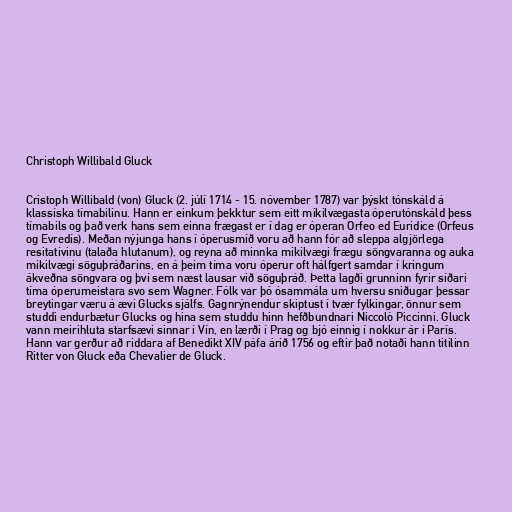
Christoph Willibald Gluck

Cristoph Willibald (von) Gluck (2. júlí 1714 - 15. nóvember 1787) var þýskt tónskáld á
klassíska tímabilinu. Hann er einkum þekktur sem eitt mikilvægasta óperutónskáld þess
tímabils og það verk hans sem einna frægast er í dag er óperan Orfeo ed Euridice (Orfeus
og Evredís). Meðan nýjunga hans í óperusmíð voru að hann fór að sleppa algjörlega
resitatívinu (talaða hlutanum), og reyna að minnka mikilvægi frægu söngvaranna og auka
mikilvægi söguþráðarins, en á þeim tíma voru óperur oft hálfgert samdar í kringum
ákveðna söngvara og því sem næst lausar við söguþráð. Þetta lagði grunninn fyrir síðari
tíma óperumeistara svo sem Wagner. Fólk var þó ósammála um hversu sniðugar þessar
breytingar væru á ævi Glucks sjálfs. Gagnrýnendur skiptust í tvær fylkingar, önnur sem
studdi endurbætur Glucks og hina sem studdu hinn hefðbundnari Niccolò Piccinni. Gluck
vann meirihluta starfsævi sinnar í Vín, en lærði í Prag og bjó einnig í nokkur ár í París.
Hann var gerður að riddara af Benedikt XIV páfa árið 1756 og eftir það notaði hann titilinn
Ritter von Gluck eða Chevalier de Gluck.